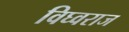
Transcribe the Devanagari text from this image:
विघ्वराज